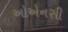
ઓએનસી